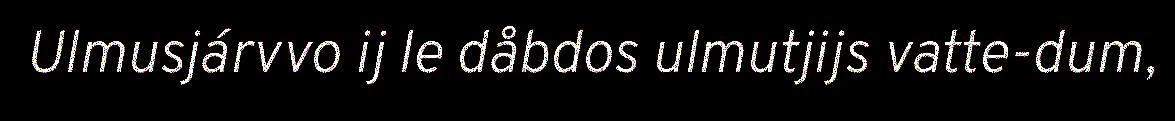
Ulmusjárvvo ij le dåbdos ulmutjijs vatte-dum,